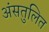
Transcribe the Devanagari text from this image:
अंसतुलित